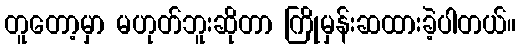
တူတော့မှာ မဟုတ်ဘူးဆိုတာ ကြိုမှန်းဆထားခဲ့ပါတယ်။